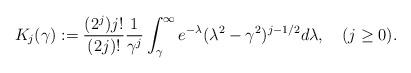
LaTeX: \begin{align*} K_j(\gamma):=\frac{(2^j)j!}{(2j)!}\frac{1}{\gamma^j}\int_{\gamma}^{\infty}e^{-\lambda}(\lambda^2-\gamma^2)^{j-1/2}d\lambda, \quad(j\geq0).\end{align*}